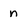
Character: n